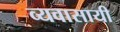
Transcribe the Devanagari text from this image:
व्यवासायी